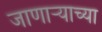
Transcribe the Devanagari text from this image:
जाणार्‍याच्या